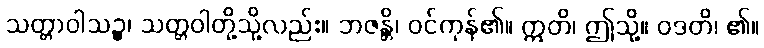
သတ္တာဝါသဉ္စ၊ သတ္တဝါတို့သို့လည်း။ ဘဇန္တိ၊ ဝင်ကုန်၏။ ဣတိ၊ ဤသို့။ ဝဒတိ၊ ၏။